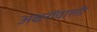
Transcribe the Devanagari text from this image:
अक्षरोंवाली